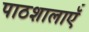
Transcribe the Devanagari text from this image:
पाठशालाऍं